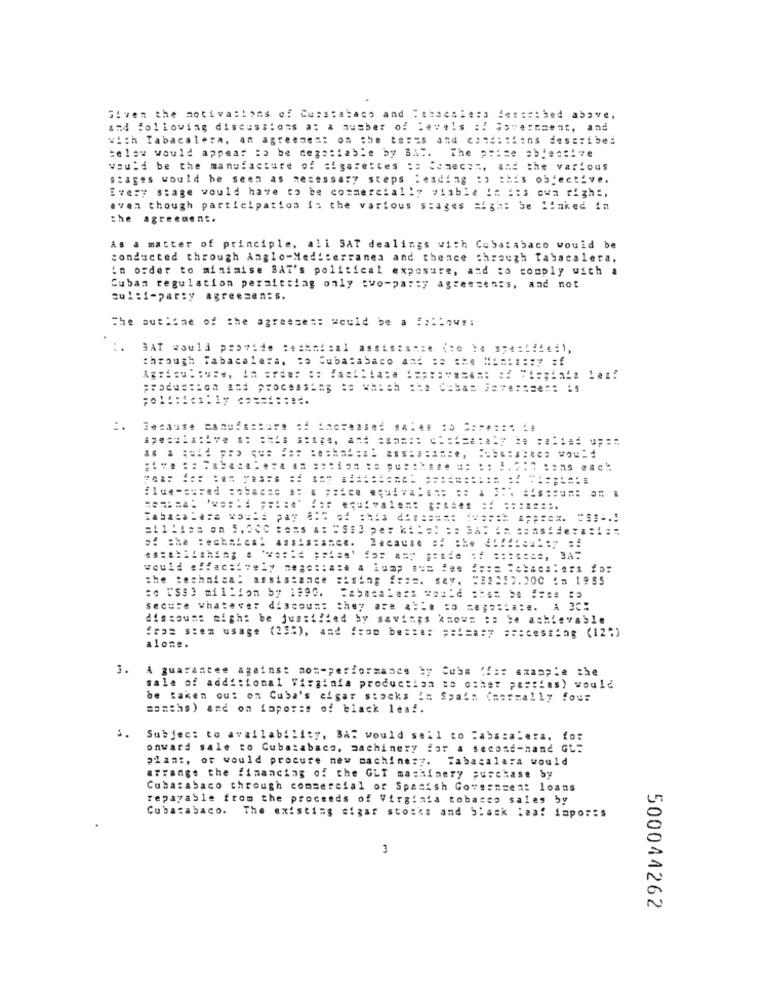
Given the motivations of Cusatabaco and " shaesie:a desasibed above,
and following discussions a: a number of levels :! Save:mment, and
wich Tabacalera, an agreement on the Basis and conditions described
below would appear :> be cegotiable by BAt. The prise objective
would be the manufacture of cigarettes :: Conec:", and the various
Stages would be seen as necessary steps Reading :) =His objective.
Every stage would have to be commercially viable is :: s owa right,
even though participation is the various stages High: be linked in
the agreement.
As a matter of principle, ali SAT dealings with Cubatabaco would be
conducted through Anglo-Mediterranea and thence through Tabacalera.
in order to minimise BAT's political exposure, and to comply with a
Cuban regulation persitting only two-party agreements, and not
sul:i-party agreesen:s.
The outline of the agreeses: would be a :allows:
HAT would provide Rechafeal assistance (no )4 spec !!! ei),
through Tabacalera. : o Cubatabaco ans :e che ===: ::: y =f
Tabaca ..: a Ko === pay A .. of :hta d ===== == ===== ======. = S =.:
a. she :echaical assistance.
the technical assistance
:o iss) million by 1890.
Secure whatever discoun:
they are &
dissous: might be justified by savings know= :: be achievable
from sten usage (25%), and from be ==== ====== 7 processing (12")
alone.
1.
A guarantee against non-performance by Cubs !!:: example the
sale of additional Virginia production to other pasties) would
be taken out on Cuba's cigar stocks in Spain (normally fou=
samths) and on ioporas of black les !.
s.
Subject to availability, BAT would sell to Fabs:alera. for
onward sale to Cubazabaco, machinery for a second-hand GL:
plant, or would procure new machine:7. Tabacalera would
arrange the financing of the GLT machinery purchase by
Cuba:abaco through commercial of Spanish Government loans
repayable from the proceeds of Virginia tobacco sales by
Cubacabaco. The existing sigar stocks and black iea! impor:s
3
500044262